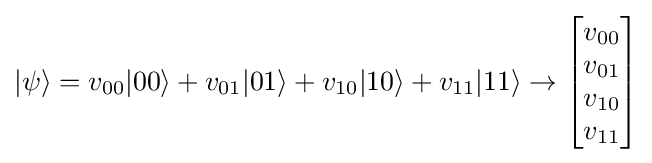
|\psi \rangle =v_{00}|00\rangle +v_{01}|01\rangle +v_{10}|10\rangle +v_{11}|11\rangle \rightarrow {\begin{bmatrix}v_{00}\\v_{01}\\v_{10}\\v_{11}\end{bmatrix}}